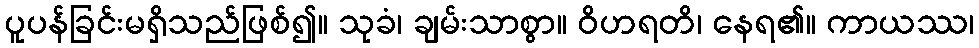
ပူပန်ခြင်းမရှိသည်ဖြစ်၍။ သုခံ၊ ချမ်းသာစွာ။ ဝိဟရတိ၊ နေရ၏။ ကာယဿ၊